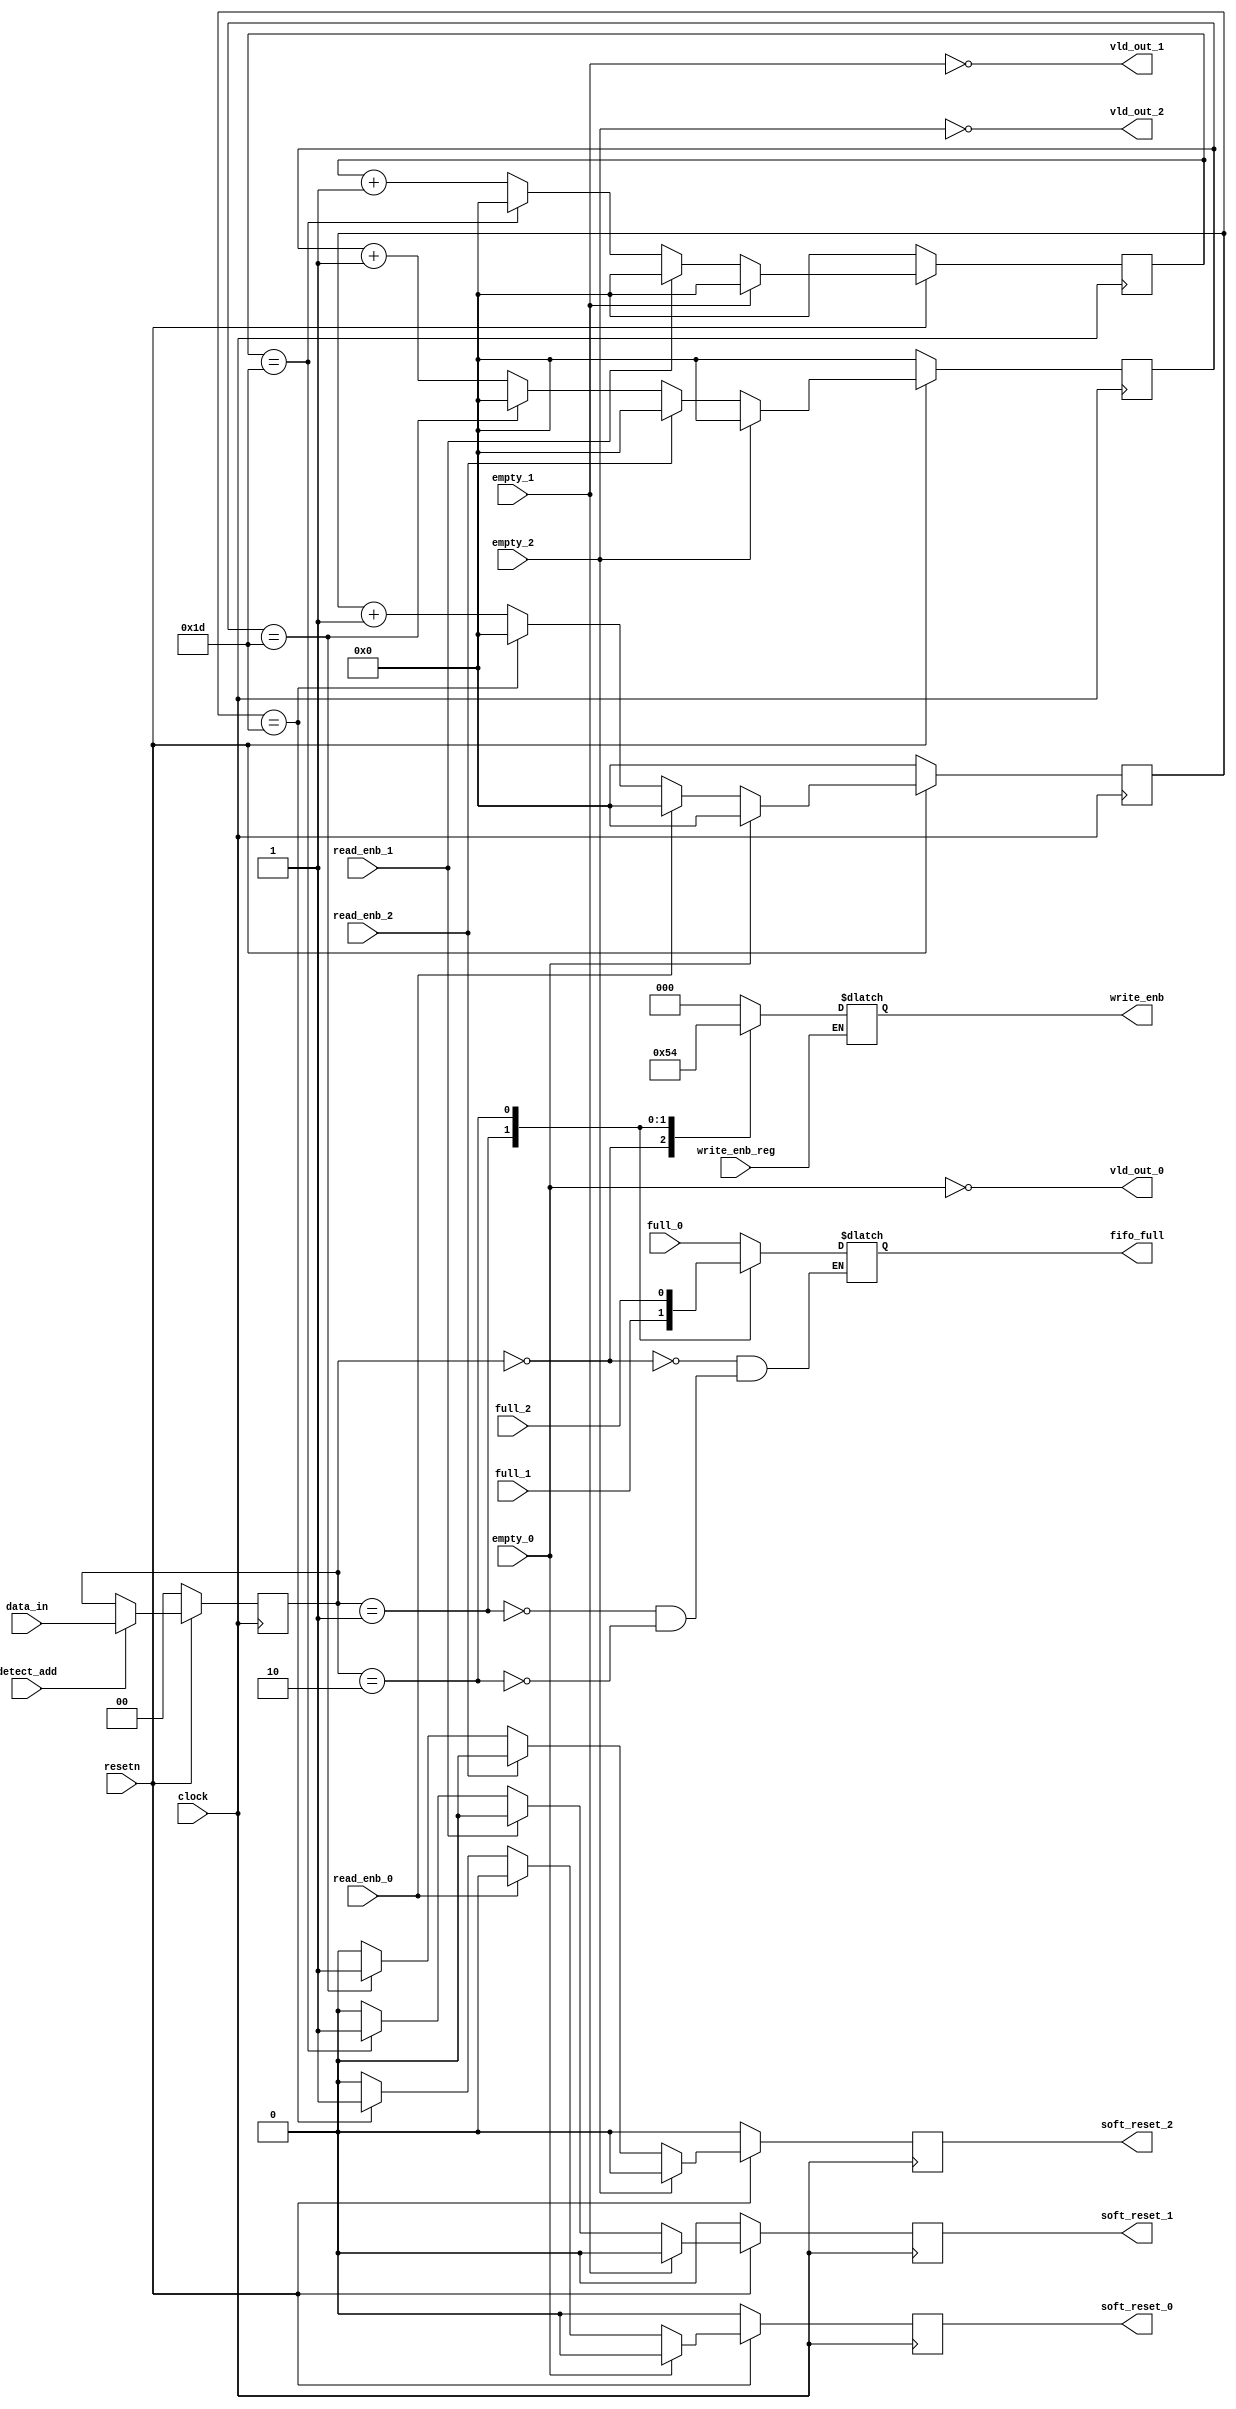
module router_sync(input detect_add,write_enb_reg,clock,resetn,read_enb_0,read_enb_1,read_enb_2,empty_0,empty_1,empty_2,full_0,full_1,full_2,
                    input [1:0]data_in,output reg soft_reset_0,soft_reset_1,soft_reset_2,fifo_full,
                    output reg[2:0] write_enb,output vld_out_0,vld_out_1,vld_out_2);
	reg [1:0] tempaddr; 
        reg [4:0] counter0,counter1,counter2 ;
	
	always@(posedge clock) begin
 		if(~resetn)
			tempaddr<=0;
		else if	(detect_add)
			tempaddr<=data_in; 		
	end

	always@(*)
		begin
			if(write_enb_reg)begin
				case(tempaddr)
					2'b00:write_enb=3'b001;
					2'b01:write_enb=3'b010; 
					2'b10:write_enb=3'b100;
					default:write_enb=3'b000;
				endcase
			end
		end

	always@(*)
		begin
			case(tempaddr)
				2'b00: fifo_full=full_0;
				2'b01: fifo_full=full_1;
				2'b10: fifo_full=full_2;
			endcase
		end

		
		assign  vld_out_0=~empty_0;  //can't do in always block as will have to be non blocking but we want to use latest updated value in the next always for soft reset
		assign	vld_out_1=~empty_1;
		assign	vld_out_2=~empty_2;
	

	always@(posedge clock) begin
		if(~resetn) begin
			counter0<=0;
			soft_reset_0<=0;
		end
		else begin
			if(vld_out_0) begin
				if(read_enb_0)
					begin
						soft_reset_0<=0;
						counter0<=0;
					end
				else begin
					if(counter0 == 5'd29) begin  //including this and initial cycle at which vld_out just became hight, at 30th cycle we reset
						counter0<=0;
						soft_reset_0<=1'b1;
					end
					else begin
						counter0<=counter0+1'b1;
						soft_reset_0<=1'b0; 
					end
				end
			end
			else begin
				soft_reset_0<=0;
				counter0<=0;
			end
		end
	end

	always@(posedge clock) begin
		if(~resetn) begin
			counter1<=0;
			soft_reset_1<=0;
		end
		else begin
			if(vld_out_1) begin
				if(read_enb_1) begin
					soft_reset_1<=0;
					counter1<=0;
				end
				else begin
					if(counter1 == 5'd29) begin  //including this and initial cycle at which vld_out just became hight, at 30th cycle we reset
						counter1<=0;
						soft_reset_1<=1'b1;
					end
					else begin
						counter1<=counter1+1'b1;
						soft_reset_1<=1'b0; 
					end
				end
			end
			else begin
				soft_reset_1<=0;
				counter1<=0;
			end
		end
	end

	always@(posedge clock) begin
		if(~resetn) begin
			counter2<=0;
			soft_reset_2<=0;
		end
		else begin
			if(vld_out_2) begin
				if(read_enb_2) begin
					soft_reset_2<=0;
					counter2<=0;
				end
				else begin
					if(counter2 == 5'd29) begin  //including this and initial cycle at which vld_out just became hight, at 30th cycle we reset
						counter2<=0;
						soft_reset_2<=1'b1;
					end
					else begin
						counter2<=counter2+1'b1;
						soft_reset_2<=1'b0; 
					end
				end
			end
			else begin
				soft_reset_2<=0;
				counter2<=0;
			end
		end
	end

			
endmodule